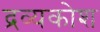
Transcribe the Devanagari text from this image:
द्रव्यकोश